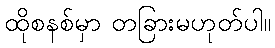
ထိုစနစ်မှာ တခြားမဟုတ်ပါ။